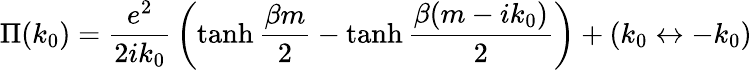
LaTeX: \Pi(k_{0})={\frac{e^{2}}{2ik_{0}}}\left(\operatorname{tanh}{\frac{\beta m}{2}}-\operatorname{tanh}{\frac{\beta(m-ik_{0})}{2}}\right)+(k_{0}\leftrightarrow-k_{0})